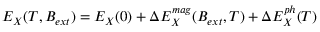
E _ { X } ( T , \boldsymbol { B _ { e x t } } ) = E _ { X } ( 0 ) + \Delta E _ { X } ^ { m a g } ( \boldsymbol { B _ { e x t } } , T ) + \Delta E _ { X } ^ { p h } ( T )